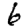
Digit: 6